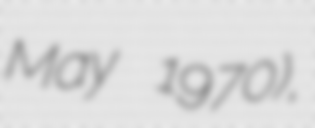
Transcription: May 1970),